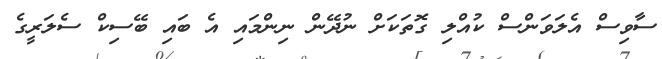
ސާވިސް އެލަވަންސް ކުއްލި ގޮތަކަށް ނުދޭން ނިންމައި އެ ބައި ބޭސިކް ސެލަރީގެ